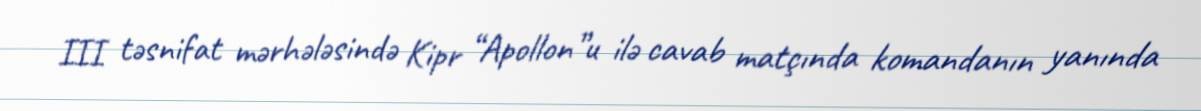
III təsnifat mərhələsində Kipr “Apollon”u ilə cavab matçında komandanın yanında